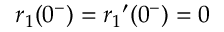
r _ { 1 } ( 0 ^ { - } ) = { r _ { 1 } } ^ { \prime } ( 0 ^ { - } ) = 0